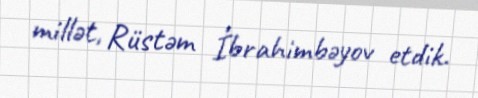
millət, Rüstəm İbrahimbəyov etdik.